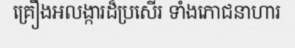
គ្រឿងអលង្ការដ៏ប្រសើរ ទាំងភោជនាហារ